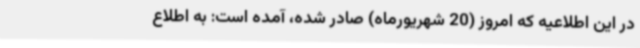
در این اطلاعیه که امروز (20 شهریورماه) صادر شده، آمده است: به اطلاع